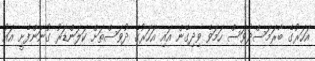
އަހަރުގެ ބާރަމަސްދުވަސް ހަމަވެ ވިދިގެން އައި އަހަރުގެ ދުވަސްތަށް ކަލަންޑަރު ގުނަންފެށީ އައު